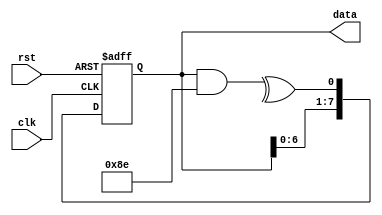
`timescale 1ns/1ns
`define DELAY     1               // Clock-to-output delay. Zero
                                        // time delays can be confusing
                                        // and sometimes cause problems.

                                        // These are good tap values for 2 to 32 bits
`define TAP2    2'b11
`define TAP3    3'b101
`define TAP4    4'b1001
`define TAP5    5'b10010
`define TAP6    6'b100001
`define TAP7    7'b1000001
`define TAP8    8'b10001110
`define TAP9    9'b100001000
`define TAP10   10'b1000000100
`define TAP11   11'b10000000010
`define TAP12   12'b100000101001
`define TAP13   13'b1000000001101
`define TAP14   14'b10000000010101
`define TAP15   15'b100000000000001
`define TAP16   16'b1000000000010110
`define TAP17   17'b10000000000000100
`define TAP18   18'b100000000001000000
`define TAP19   19'b1000000000000010011
`define TAP20   20'b10000000000000000100
`define TAP21   21'b100000000000000000010
`define TAP22   22'b1000000000000000000001
`define TAP23   23'b10000000000000000010000
`define TAP24   24'b100000000000000000001101
`define TAP25   25'b1000000000000000000000100
`define TAP26   26'b10000000000000000000100011
`define TAP27   27'b100000000000000000000010011
`define TAP28   28'b1000000000000000000000000100
`define TAP29   29'b10000000000000000000000000010
`define TAP30   30'b100000000000000000000000101001
`define TAP31   31'b1000000000000000000000000000100
`define TAP32   32'b10000000000000000000000001100010

`define BITS 8  // Number of bits in the LFSR
`define TAPS `TAP8      // This must be the taps for the 
                                        // number of bits specified above
`define INIT 1          // This can be any non-zero value
                                        // for initialization of the LFSR

// TOP MODULE
module  rng(clk,rst,data);

// INPUTS
input       clk;          // Clock
input       rst;          // Reset

// OUTPUTS
output reg[`BITS-1:0]      data;           // LFSR data




always @(posedge clk or negedge rst) begin
        if (!rst)
                data <= #`DELAY `INIT;				
        else begin
                // Shift all of the bits left
                data[`BITS-1:1] <= #`DELAY data[`BITS-2:0];

`ifdef ADD_ZERO // Use this code if data == 0 is required
                // Create the new bit 0
                data[0] <= #`DELAY ^(data & `TAPS) ^ ~|data[`BITS-2:0];
`else           // Use this code for a standard LFSR
                // Create the new bit 0
                data[0] <= #`DELAY ^(data & `TAPS);
`endif

        end
end

endmodule               // LFSR